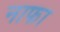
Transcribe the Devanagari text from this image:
नाफा